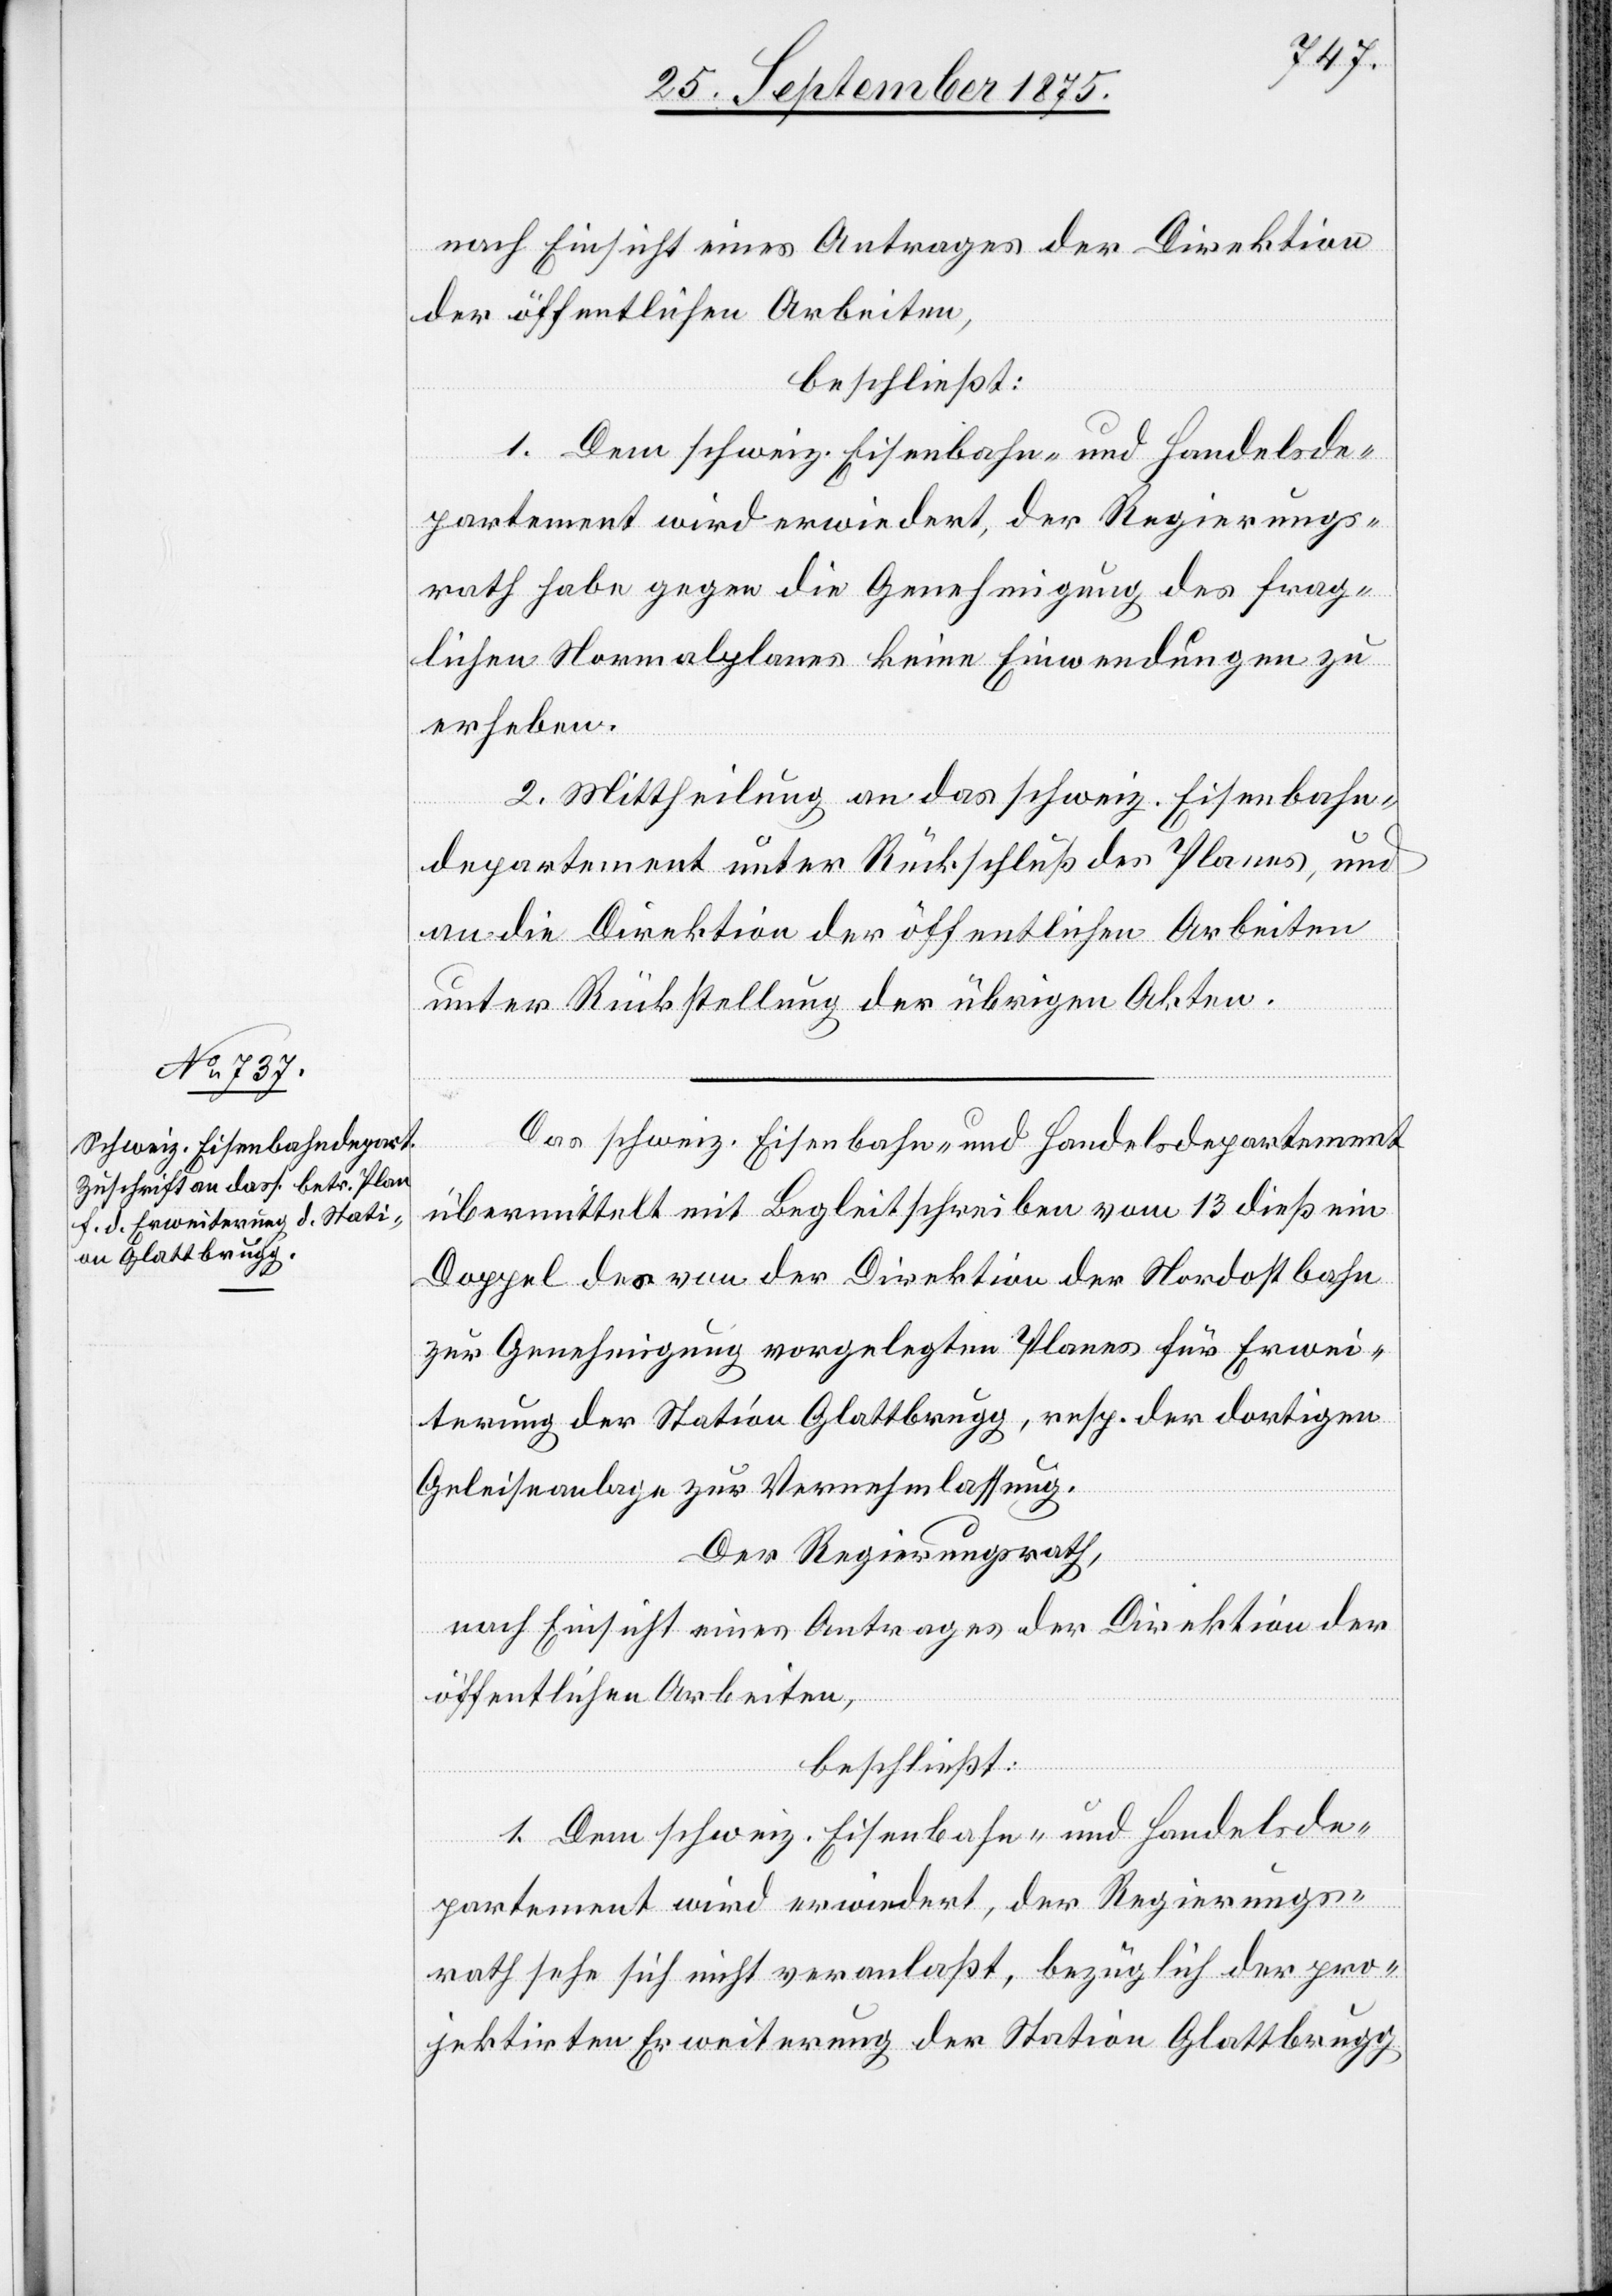
rath habe gegen die Genehmigung des frag¬
lichen Normalplanes keine Einwendungen zu
erheben.
2. Mittheilung an das schweiz. Eisenbahn¬
departement unter Rückschluß des Planes, und
an die Direktion der öffentlichen Arbeiten
unter Rückstellung der übrigen Akten.
Das schweiz. Eisenbahn- und Handelsdepartement
übermittelt mit Begleitschreiben vom 13. dieß ein
Doppel des von der Direktion der Nordostbahn
zur Genehmigung vorgelegten Planes für Erwei¬
terung der Station Glattbrugg, resp. der dortigen
Geleiseanlage zur Vernehmlassung.
Der Regierungsrath,
nach Einsicht eines Antrages der Direktion der
öffentlichen Arbeiten,
beschließt:
1. Dem schweiz. Eisenbahn- und Handelsde¬
partement wird erwiedert, der Regierungs¬
rath sehe sich nicht veranlaßt, bezüglich der pro¬
jektirten Erweiterung der Station Glattbrugg